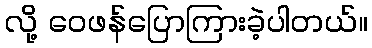
လို့ ဝေဖန်ပြောကြားခဲ့ပါတယ်။